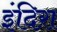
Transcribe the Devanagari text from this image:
इंदिऱा